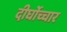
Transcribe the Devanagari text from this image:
दीर्घोच्चार